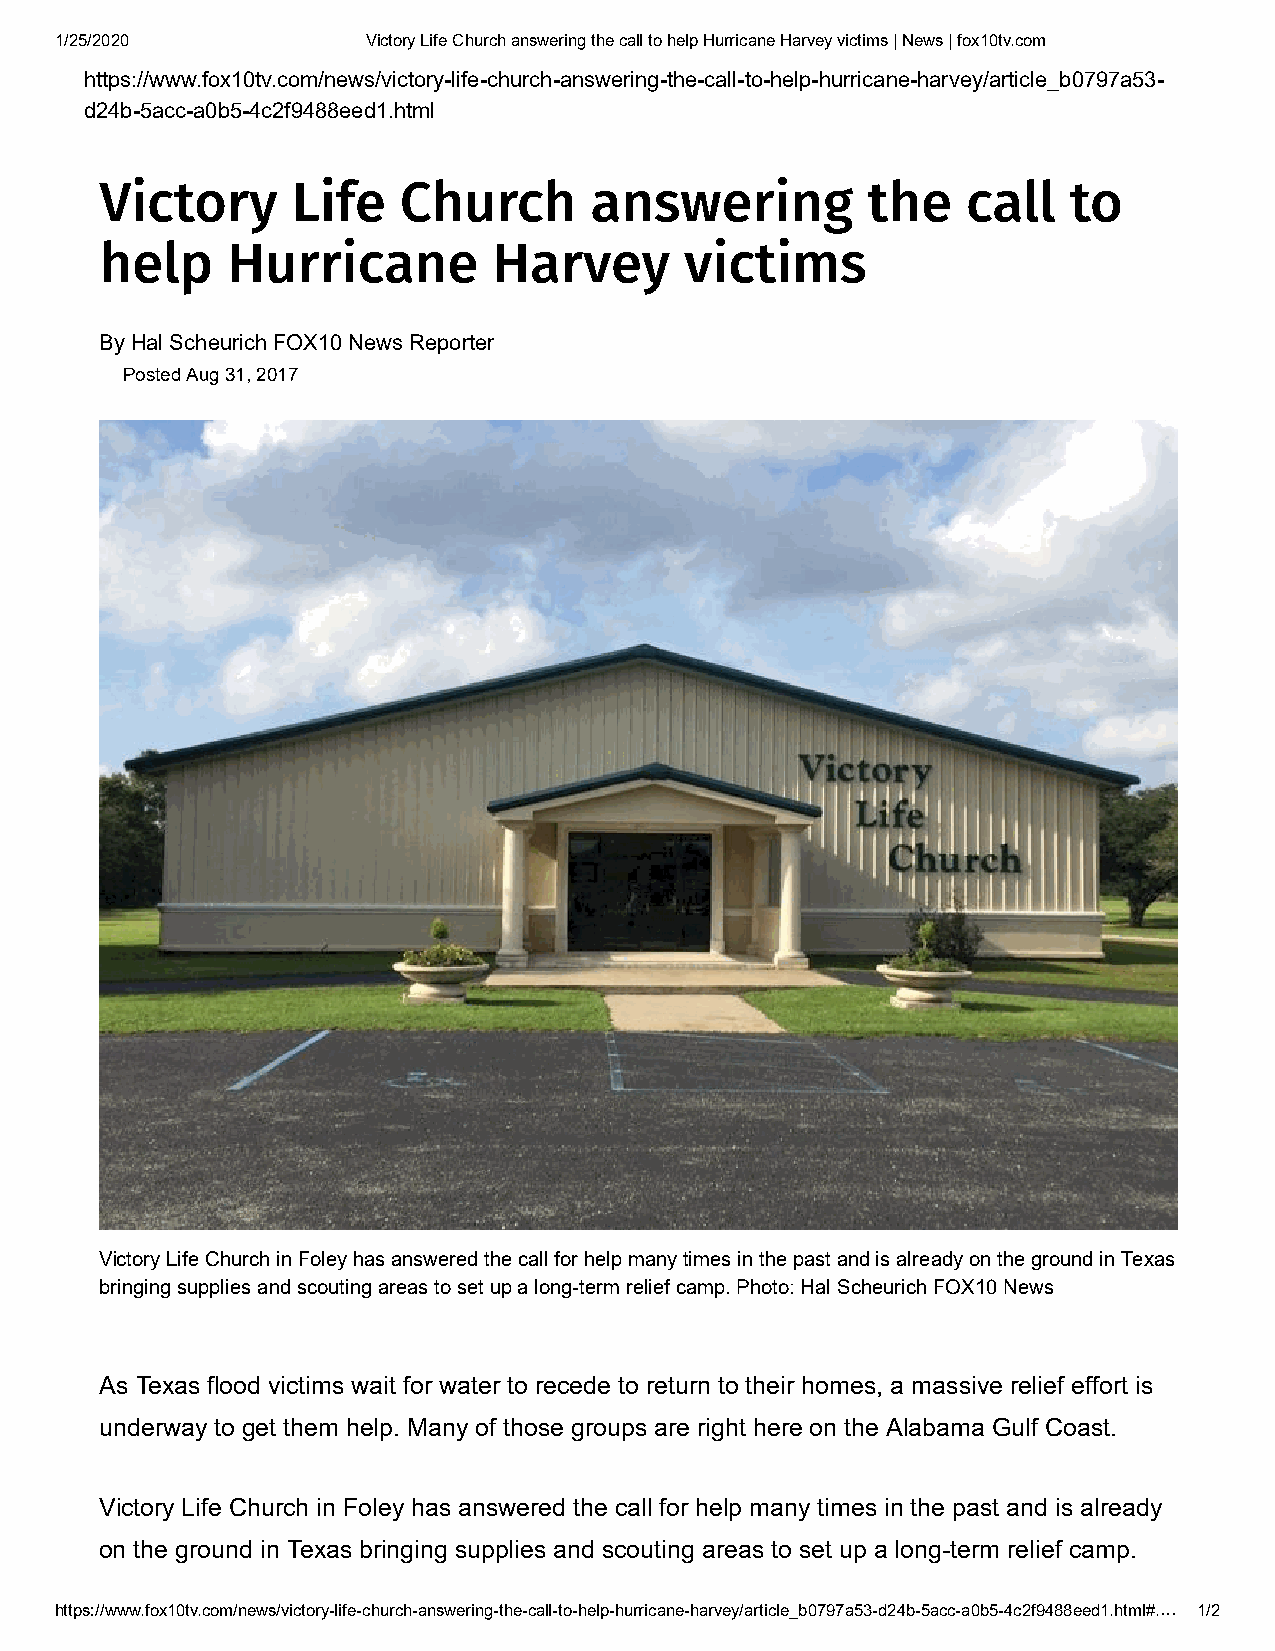
1/25/2020           Victory Life Church answering the call to help Hurricane Harvey victims | News | fox10tv.com
 https://www.fox10tv.com/news/victory-life-church-answering-the-call-to-help-hurricane-harvey/article_b0797a53-
 d24b-5acc-a0b5-4c2f9488eed1.html
 Victory     Life   Church       answering         the    call   to
 help    Hurricane         Harvey      victims
 By Hal Scheurich FOX10 News Reporter
 Posted Aug 31, 2017
 Victory Life Church in Foley has answered the call for help many times in the past and is already on the ground in Texas
 bringing supplies and scouting areas to set up a long-term relief camp. Photo: Hal Scheurich FOX10 News
 As Texas flood victims wait for water to recede to return to their homes, a massive relief effort is
 underway to get them help. Many of those groups are right here on the Alabama Gulf Coast.
 Victory Life Church in Foley has answered the call for help many times in the past and is already
 on the ground in Texas bringing supplies and scouting areas to set up a long-term relief camp.
 https://www.fox10tv.com/news/victory-life-church-answering-the-call-to-help-hurricane-harvey/article_b0797a53-d24b-5acc-a0b5-4c2f9488eed1.html#.… 1/2